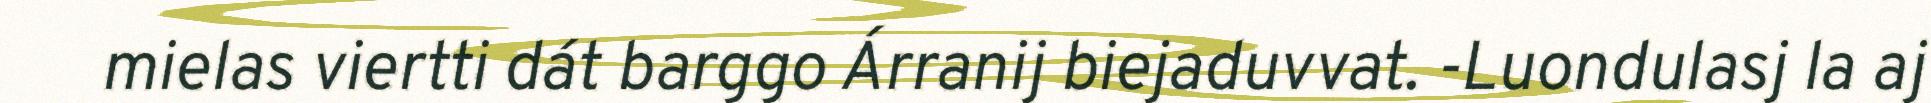
mielas viertti dát barggo Árranij biejaduvvat. -Luondulasj la aj